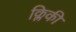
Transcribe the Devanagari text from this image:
क्लिकी